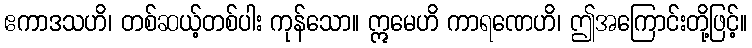
ဧကာဒသဟိ၊ တစ်ဆယ့်တစ်ပါး ကုန်သော။ ဣမေဟိ ကာရဏေဟိ၊ ဤအကြောင်းတို့ဖြင့်။